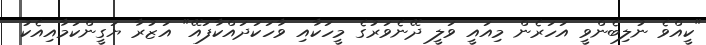
"ކީއްވެ ނުލިބެންވީ އަހަރެން މިއައީ ވަލީ ދޭނެވަރުގެ މީހަކާއި ވާހަކަދައްކާފައޭ" އަޒުރާ ޔަގީންކަމާއިއެކު